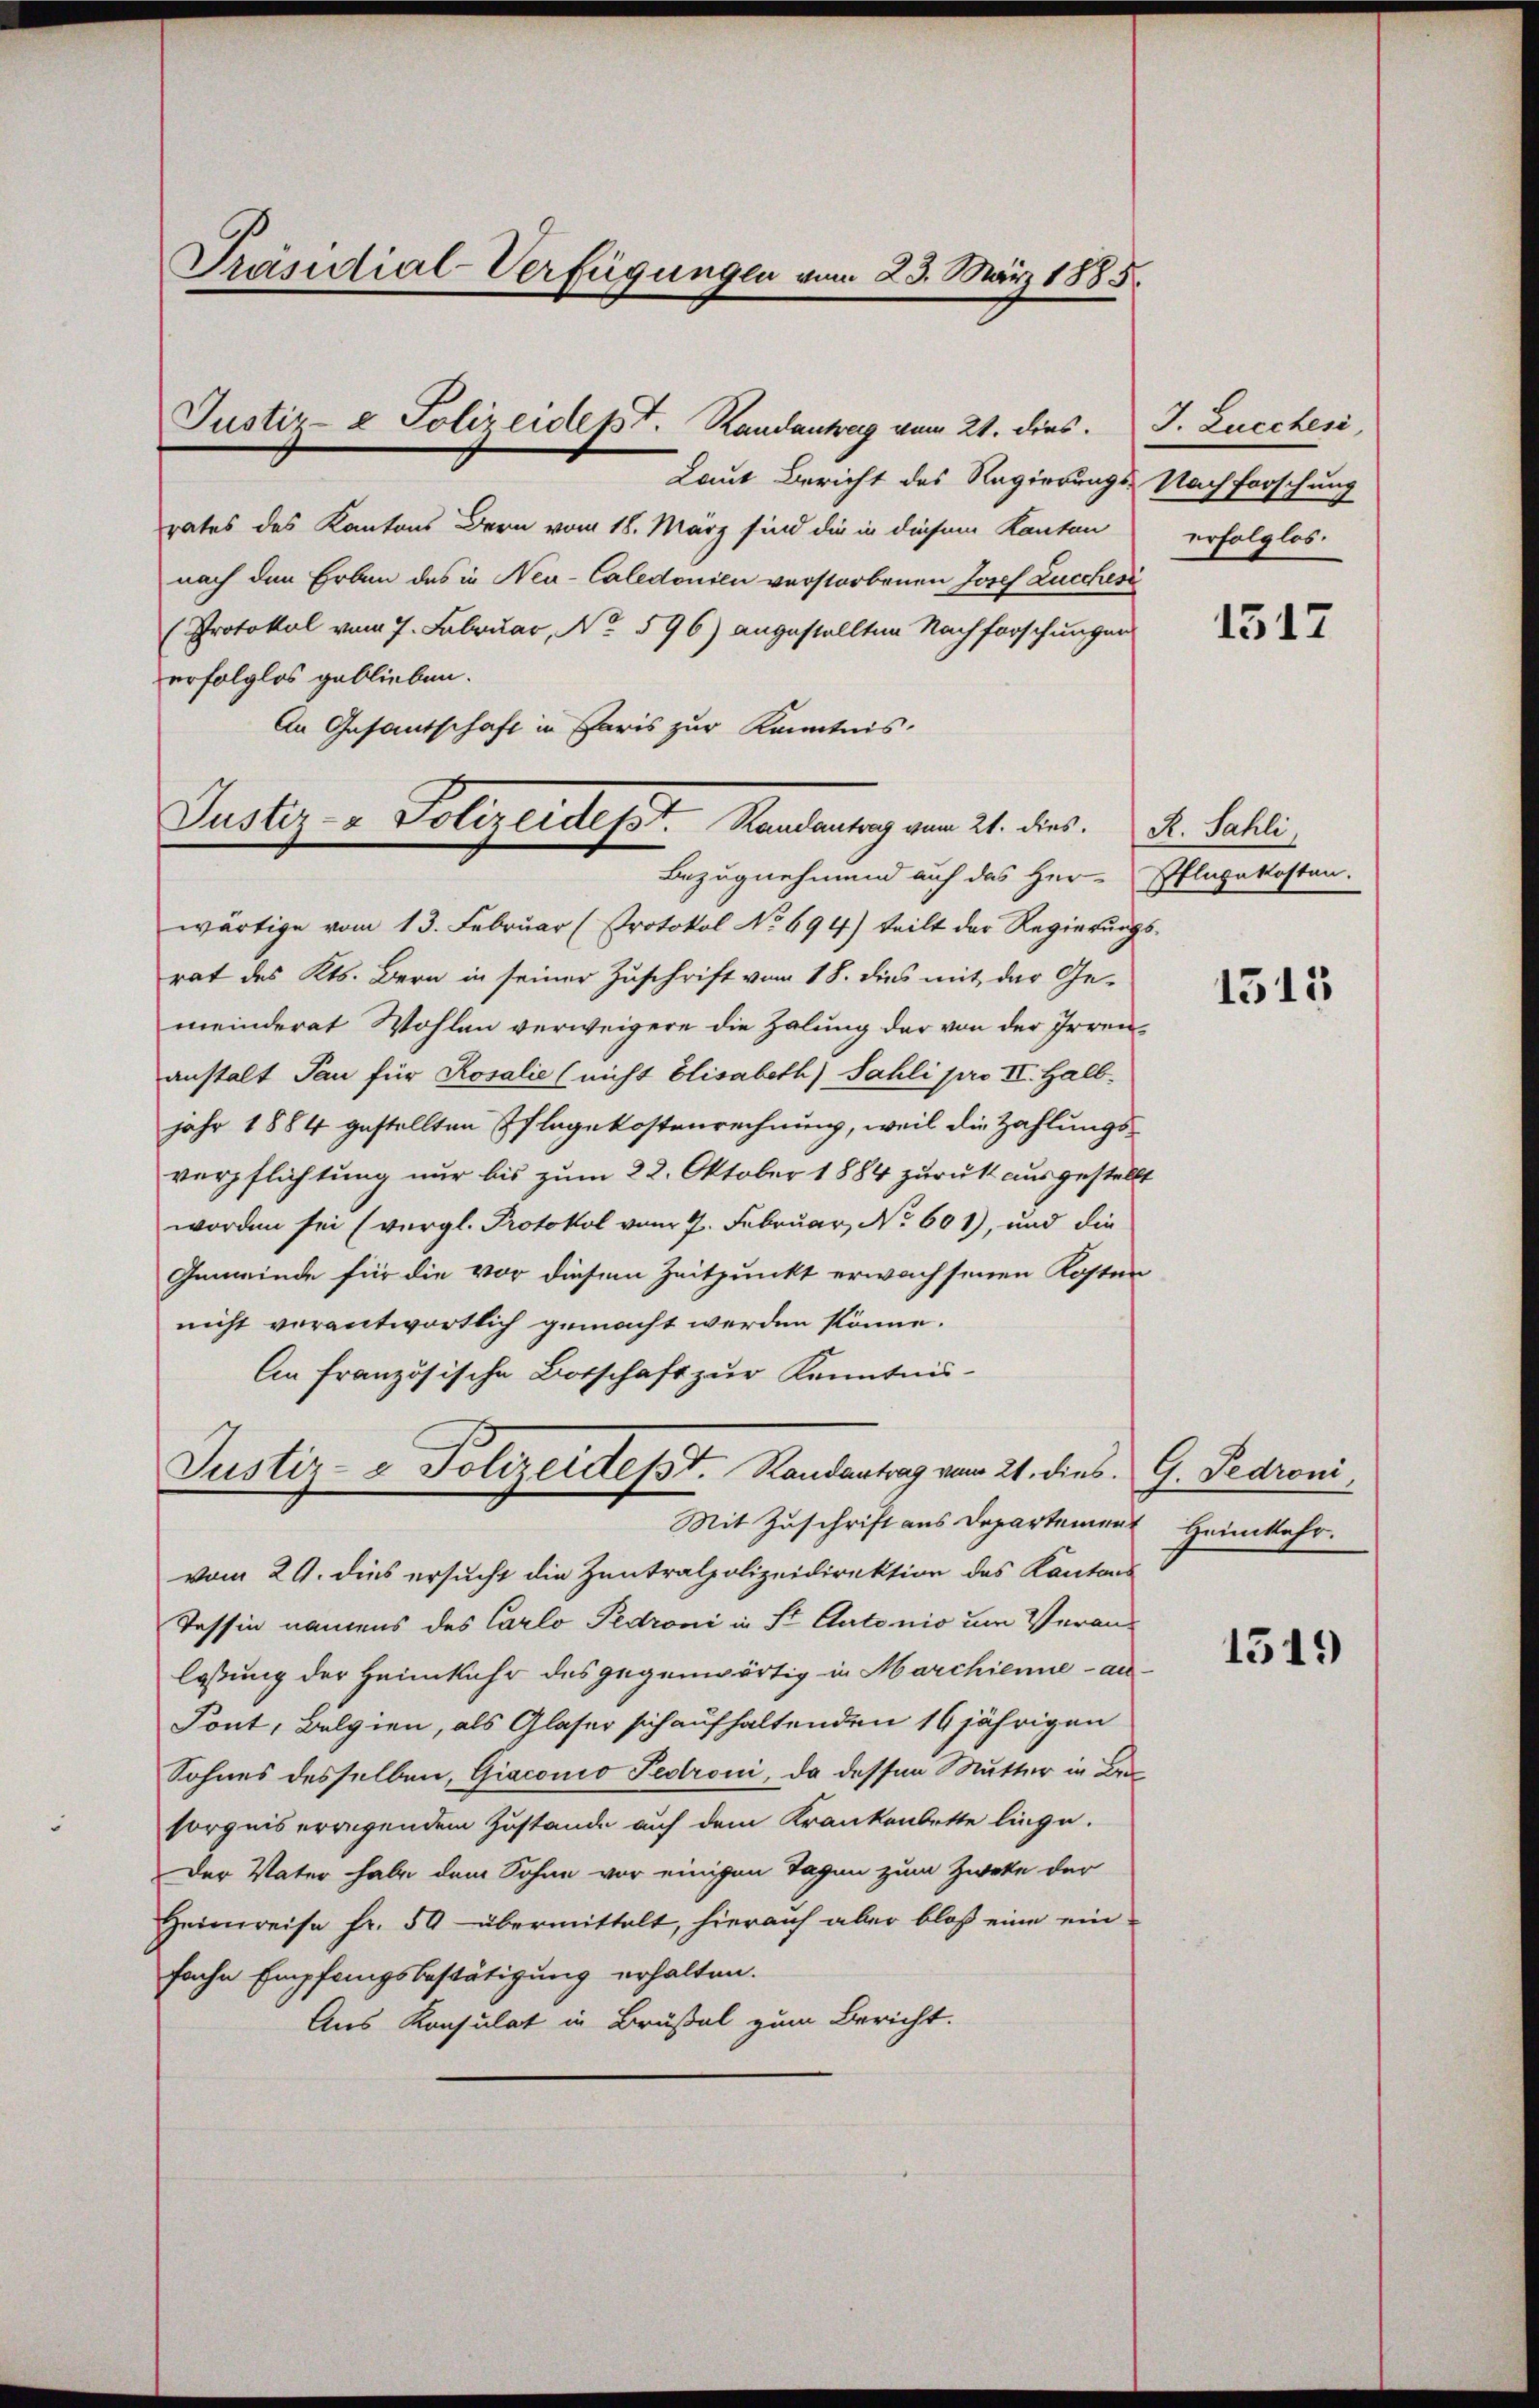
Präsidial-Verfügungen vom 23. März 1885.

Justiz- & Polizeidesst. Randantag vom 21. dies. Dr. Sahli

Justiz- & Polizeidept. Randantrag vom 21. dies. J. Lucchesi
Laut Bericht des Regierungs- Nachforschung
rates des Kantons Bern vom 18. März sind die in diesem Kanton
nach den Erben des in Neu-Caledonien verstorbenen Josef Lucchesi
(Protokol vom 7. Februar, No. 596) angestellten Nachforschungen
erfolglos geblieben.
An Gesandschaft in Paris zur Kenntnis.
Bezugnehmend auf das Her-Pflegekosten.
wärtige vom 13. Februar (Protokol No 694) teilt der Regierungs-
rat des Kts. Bern in seiner Zuschrift vom 18. dies mit der Ge-
meinderat Wohlen verweigere die Zalung der von der Irrenanstalt Pan für Rosalie (nicht Elisabeth) Sahli pro II. Halb,
jahr 1884 gestellten Pflegekostenrechnung, weil die Zahlungsverpflichtung nur bis zum 22. Oktober 1884 zurück ausgestellt
worden sei (vergl. Protokol vom 7. Februar, No. 601), und die
Gemeinde für die vor diesem Zeitpunkt erwachsenen Kosten
nicht vorantwortlich gemacht werden könne.
An französische Botschaft zur Kenntnu¬
Justiz- & Polizeidesst. Handantrag vom 21. dies G. Sadroni
Mit Zuschrift aus Departement Heimkehr.
vom 29. dies ersucht die Zentralpolizeidirektion des Kantons
Tessin namens des Carlo Pedroni in St. Antonio um Veranlassung der Heimkehr des gegenwärtig in Marchienne-au¬
Pont, Belgien, als Glaser sich aufhaltenden 16 jährigen
Sohnes desselben, Giaconio Pedroni, da dessen Mutter in Berasorgnis erregendem Zustande auf dem Krankenbette liege.
Der Vater habe dem Sohne vor einigen Tagen zum Zweke der
Heimreise fr. 50 übermittelt, hierauf aber bloß eine ein-
fache Empfangsbestätigung erhalten.
Aus Konsulat in Brüßel zum Bericht.

erfolglos.

1517

1513

1519